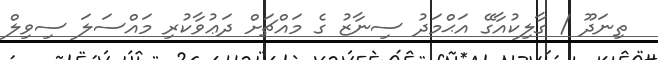
ތިނަދޫ / ގާލިކުއާގޭ އަޙްމަދު ސިނާޒު ގެ މައްޗަށް ދަޢުވާކުރި މައްސަލަ ސިވިލް